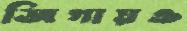
জিগায়ও